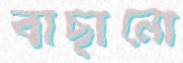
বাছানো